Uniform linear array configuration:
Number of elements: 12
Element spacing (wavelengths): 0.75
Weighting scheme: binomial
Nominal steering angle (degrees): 45
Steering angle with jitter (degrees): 43.831
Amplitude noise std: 0.05
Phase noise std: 0.05

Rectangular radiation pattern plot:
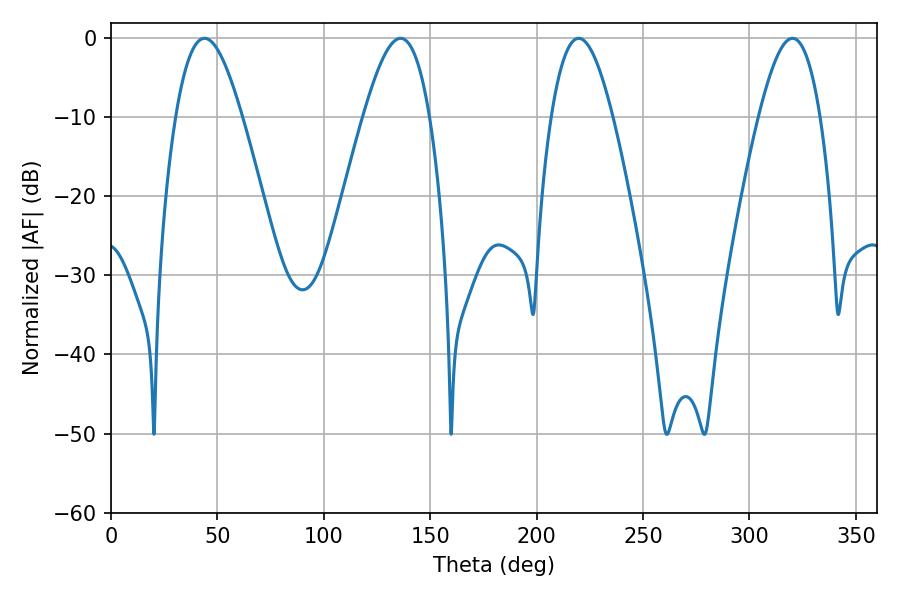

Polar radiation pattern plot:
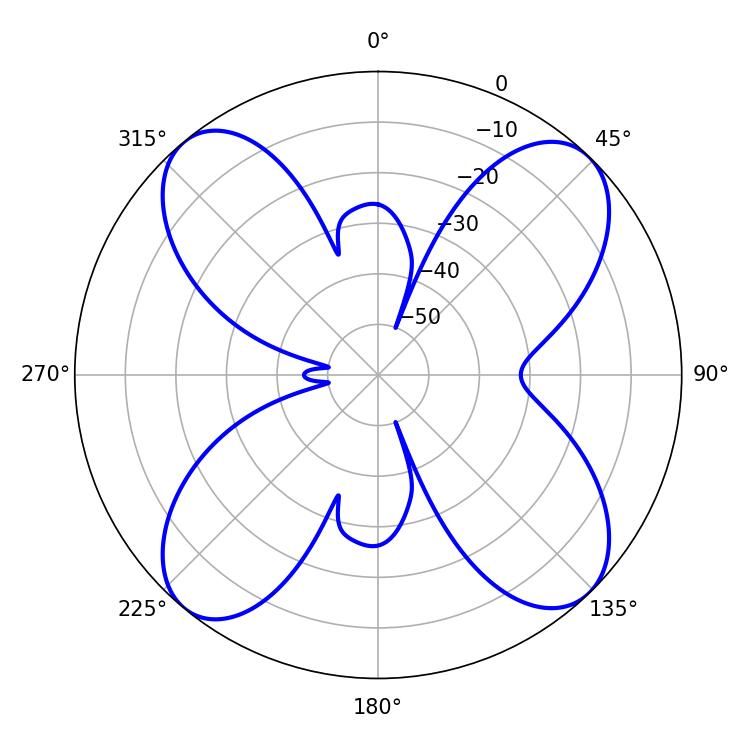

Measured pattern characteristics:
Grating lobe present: TRUE
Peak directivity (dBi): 14.762
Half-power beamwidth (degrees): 16.74
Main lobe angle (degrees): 43.92